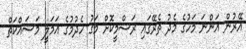
އޭރުން އަންނަ މަހުގެ މެދު ތެރޭގައި ރަސްމީކޮށް މަގު ހެދުމުގެ އަމަލީ މަސައްކަތް